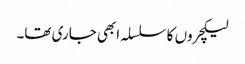
لیکچروں کا سلسلہ ابھی جاری تھا۔